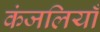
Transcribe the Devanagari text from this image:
कंजलियाँ